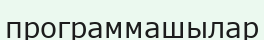
программашылар